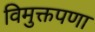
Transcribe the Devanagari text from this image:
विमुक्तपणा